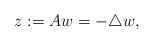
LaTeX: \begin{align*}z := A w = -\triangle w, \end{align*}